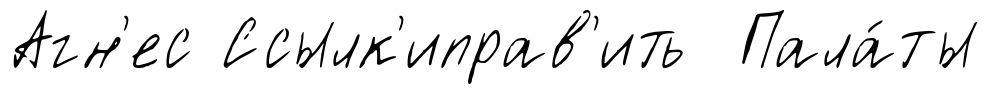
Агн'ес Ссылк'иправ'ить Пала́ты